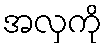
အလှကို